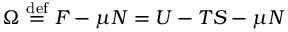
\Omega \ { \stackrel { \mathrm { d e f } } { = } } \ F - \mu N = U - T S - \mu N